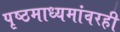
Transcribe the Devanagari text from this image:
पृष्ठमाध्यमांवरही